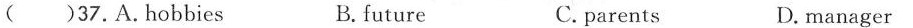
( )37.A.Hobbies B.future C.parents D. manager